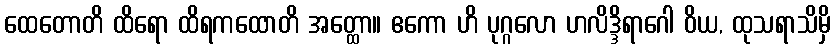
ထေတောတိ ထိရော ထိရကထောတိ အတ္ထော။ ဧကော ဟိ ပုဂ္ဂလော ဟလိဒ္ဒိရာဂေါ ဝိယ, ထုသရာသိမှိ